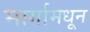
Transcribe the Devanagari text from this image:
मार्गामधून